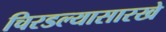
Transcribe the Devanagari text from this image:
चिरडल्यासारखे